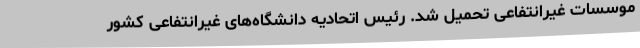
موسسات غیرانتفاعی تحمیل شد. رئیس اتحادیه دانشگاه‌های غیرانتفاعی کشور